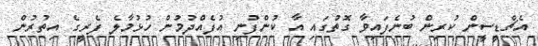
އެޗްޑީސީން ކުރިން ބުނެފައިވާ ގޮތުގައި އާ ކުންފުނި އުފެއްދުމުން ހުޅުމާލެ ފެރީގެ އިތުރުން